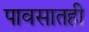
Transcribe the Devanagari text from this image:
पावसातही